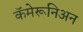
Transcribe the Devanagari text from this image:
कॅमेरूनिअन